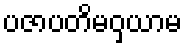
ပဇာပတိမဝှယာမ